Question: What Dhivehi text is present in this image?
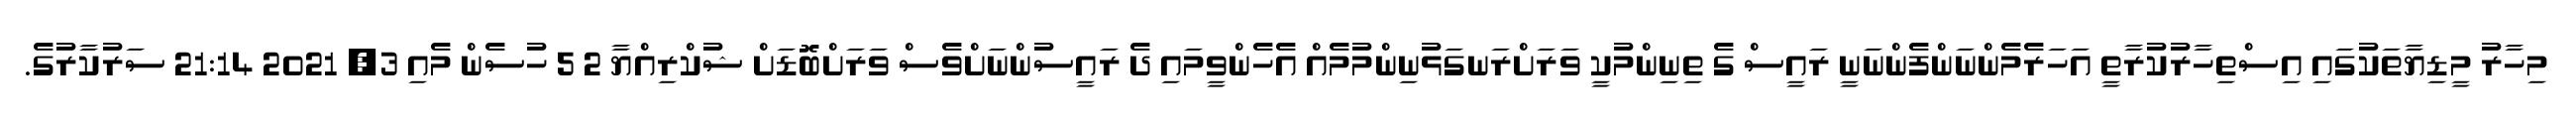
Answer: މިހާރު މީޑިޔާތަކުގައި އިސްތިހާރުކުރާތީ އަހަރެމެންނަންފެންނަނީ ރައީސް ގެ ތިނިންމުކީ ވަރަށްރަނގަޅުނިންމުމެއް އެހެންވީމައި ދެ ރައީސުންނަށްވެސް ވަރަށްބޮޑަށް ޝުކްރިއްޔާ 2 5 ހުސެން މެއި 3, 2021 21:14 ސަރުކާރުގެ.